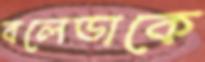
বলেডাকে